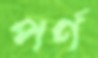
পর্ণ